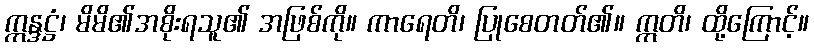
ဣန္ဒဋ္ဌံ၊ မိမိ၏အစိုးရသူ၏ အဖြစ်ကို။ ကာရေတိ၊ ပြုစေတတ်၏။ ဣတိ၊ ထို့ကြောင့်။